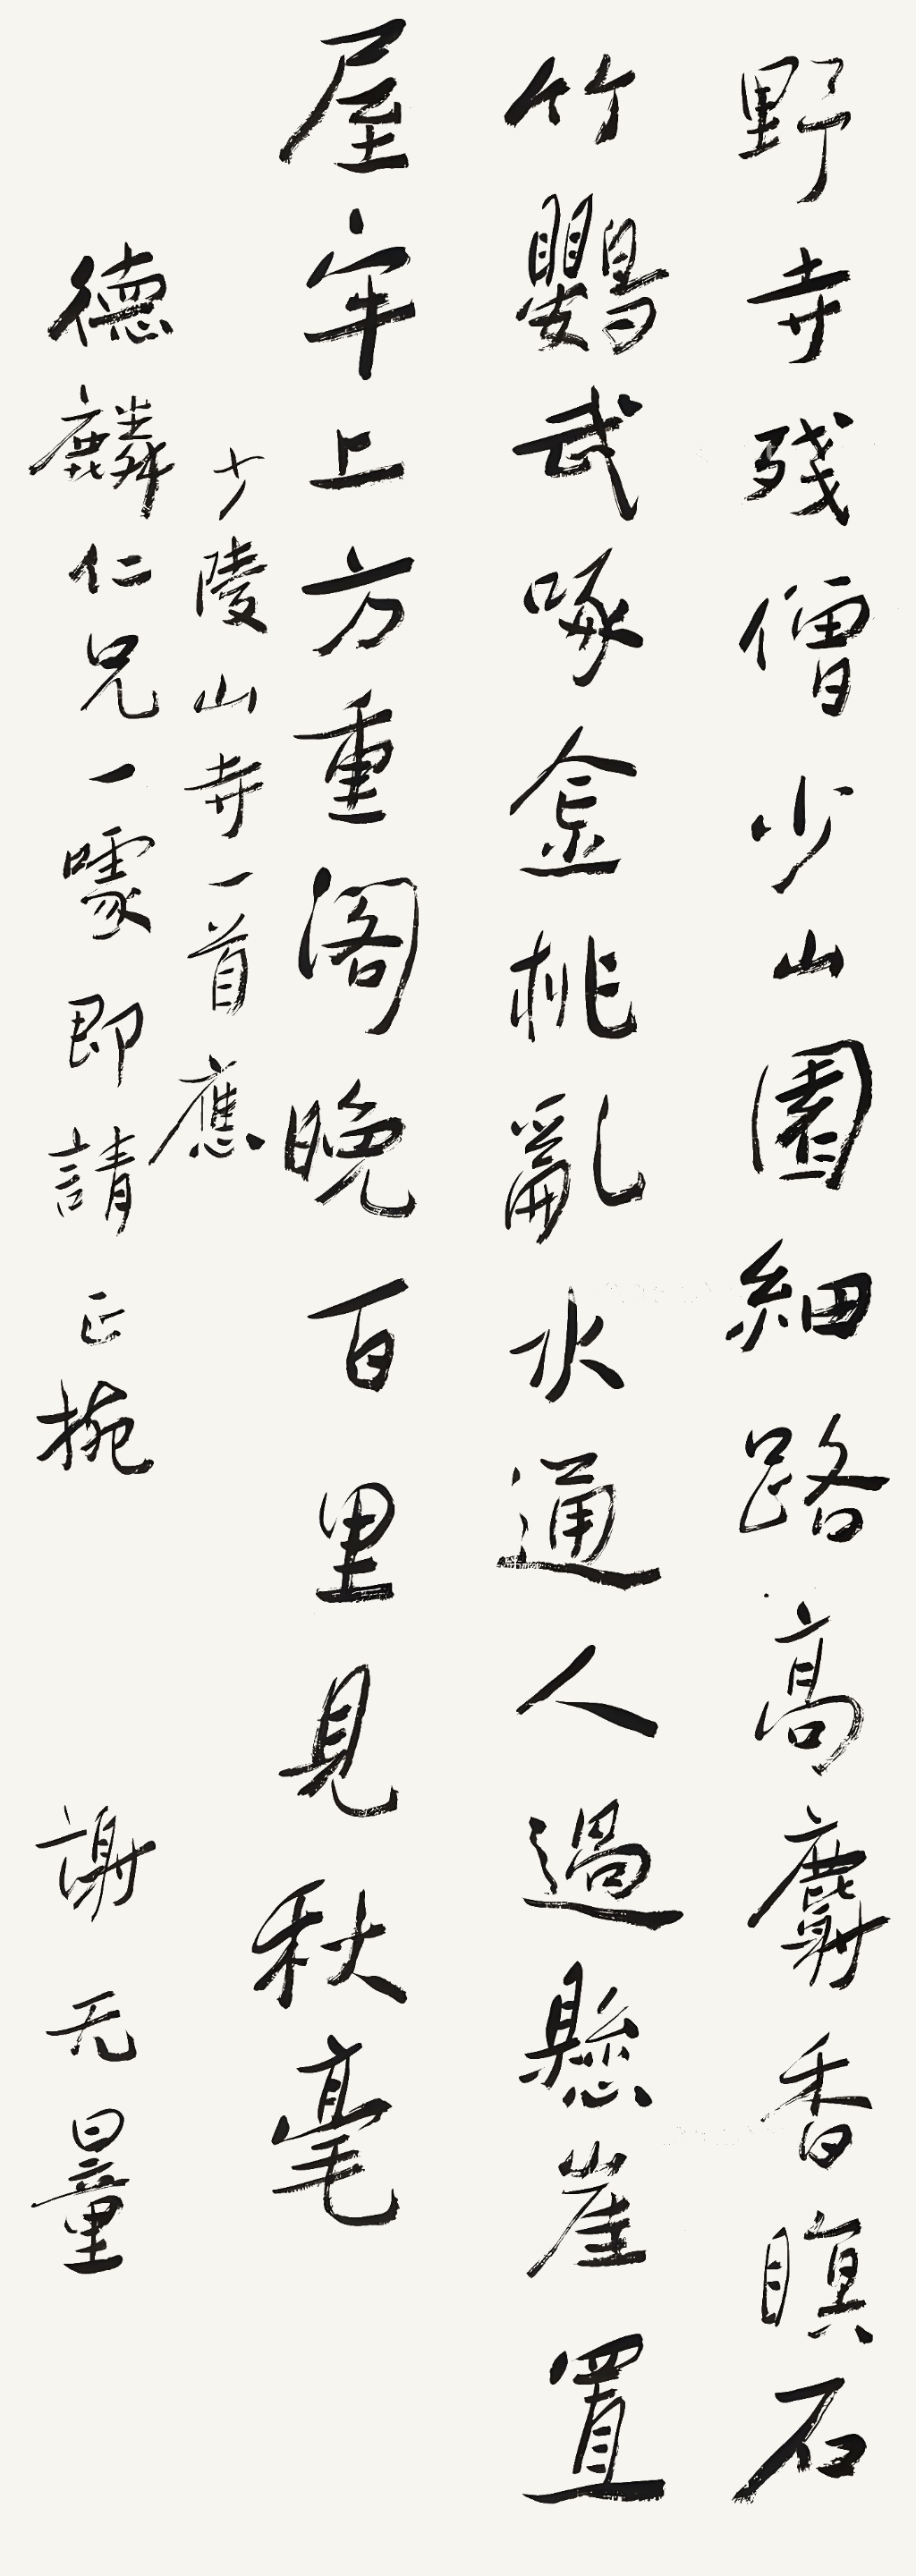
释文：野寺残僧少，山园细路高。麝香眠石竹，鹦鹉啄金桃。乱水通人过，悬崖置屋牢。上方重阁晚，百里见秋毫。少陵《山寺》一首，应德麟仁兄一、噱即请正指，谢无量。